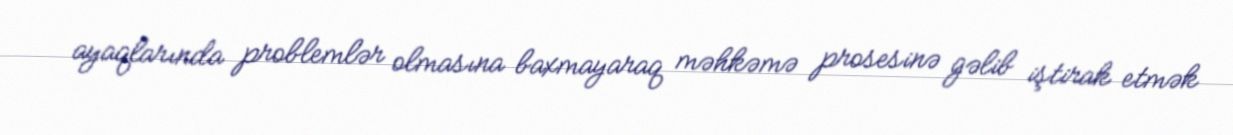
ayaqlarında problemlər olmasına baxmayaraq məhkəmə prosesinə gəlib iştirak etmək